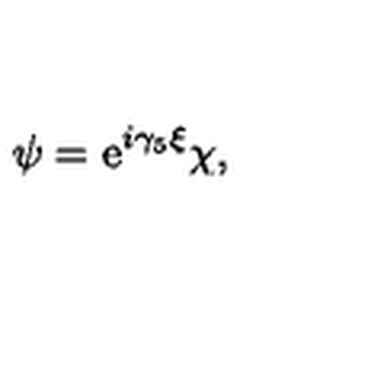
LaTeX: \psi = \mathrm { e } ^ { i \gamma _ { 5 } \xi } \chi ,